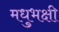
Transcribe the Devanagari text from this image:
मधुभक्षी